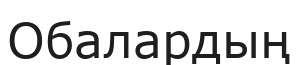
Обалардың